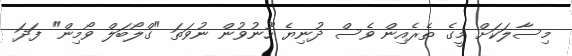
މިސާލަކަށް މީގެ ތެރެއިން ވެސް ދުނިޔެ ހޫނުވުން ނުވަތަ "ގްލޯބަލް ވޯމިން" ފަދަ